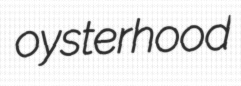
oysterhood